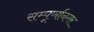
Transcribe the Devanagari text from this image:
सम्पूर्णानगर